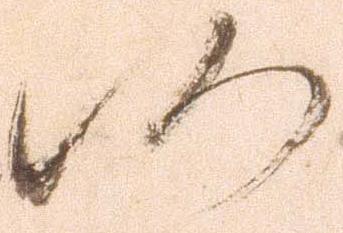
仍